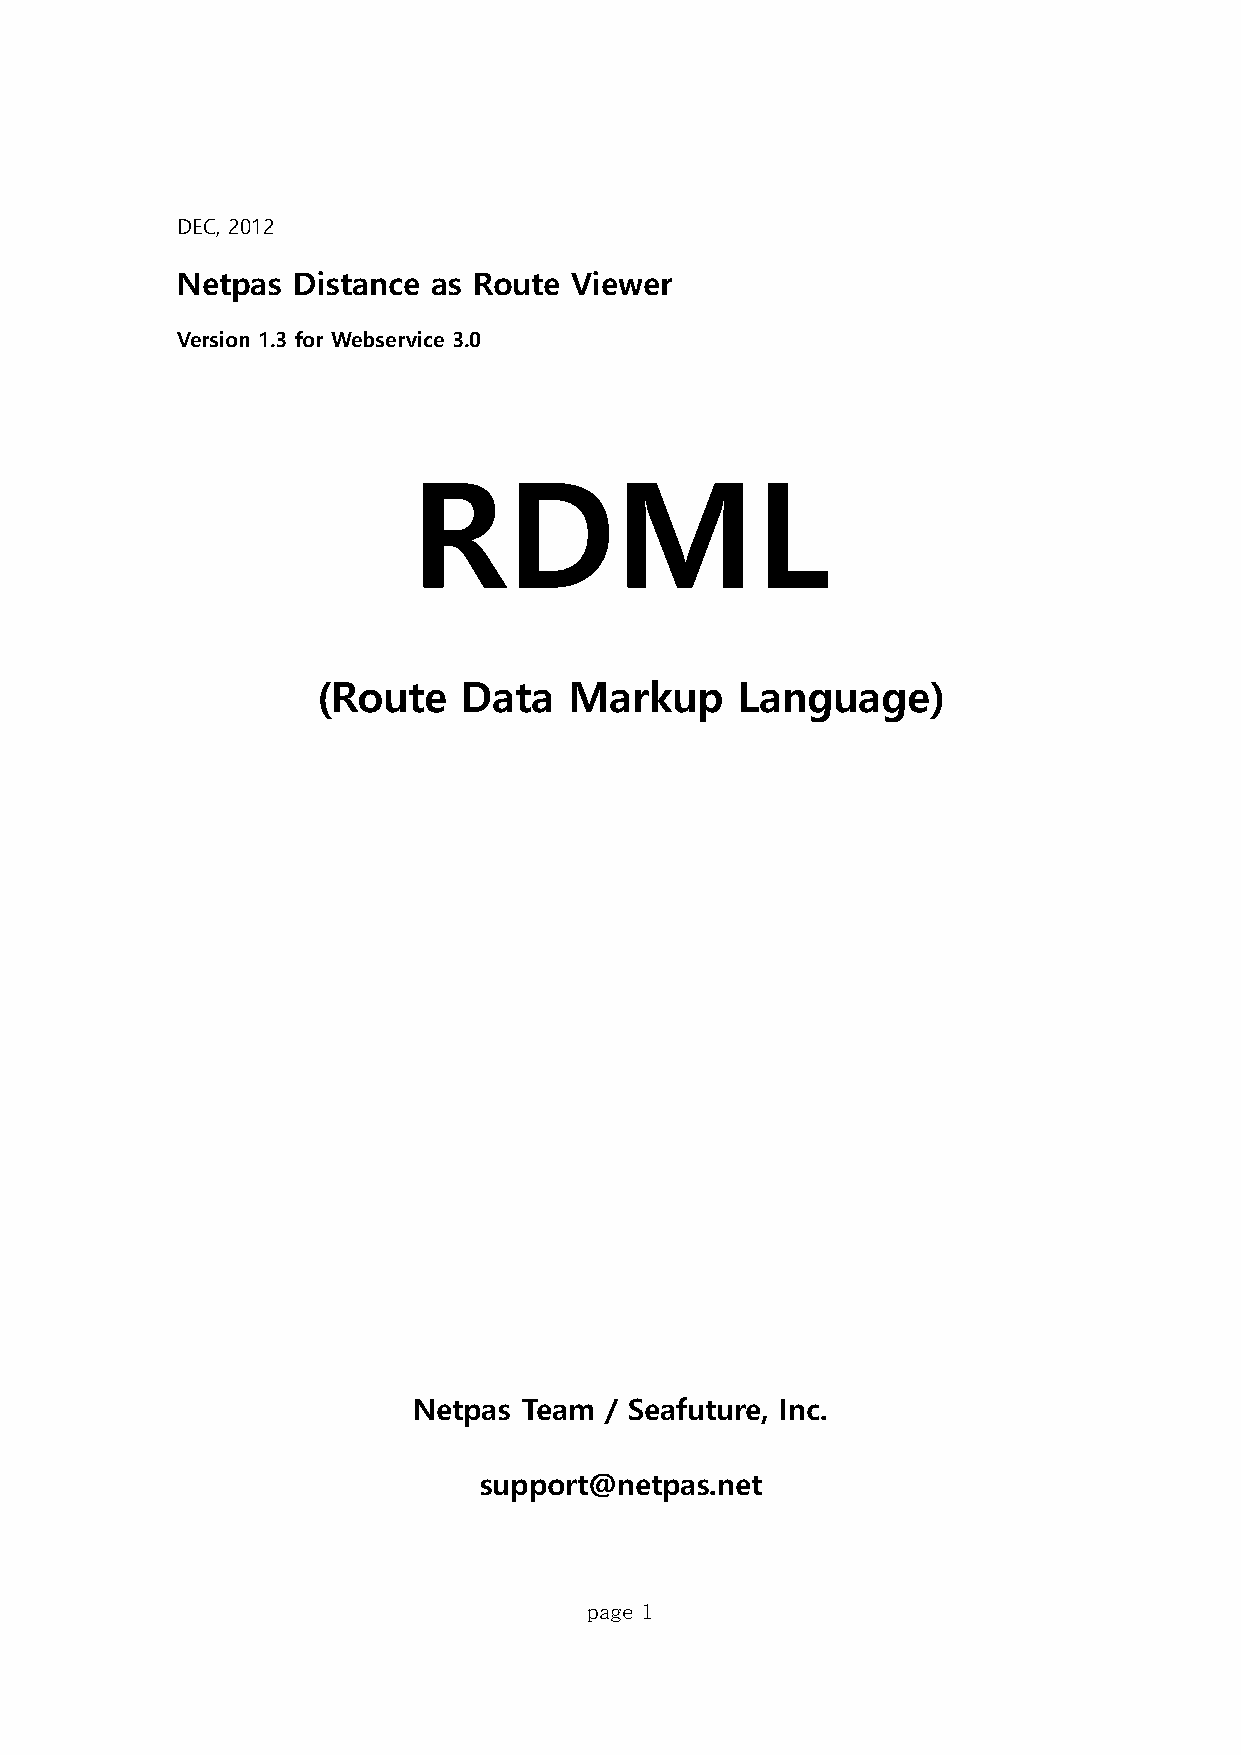
DEC, 2012
 Netpas Distance  as Route Viewer
 Version 1.3 for Webservice 3.0
 RDML
 (Route    Data   Markup     Language)
 Netpas  Team / Seafuture, Inc.
 support@netpas.net
 page 1